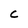
Character: C